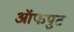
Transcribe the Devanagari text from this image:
ऑफपुट